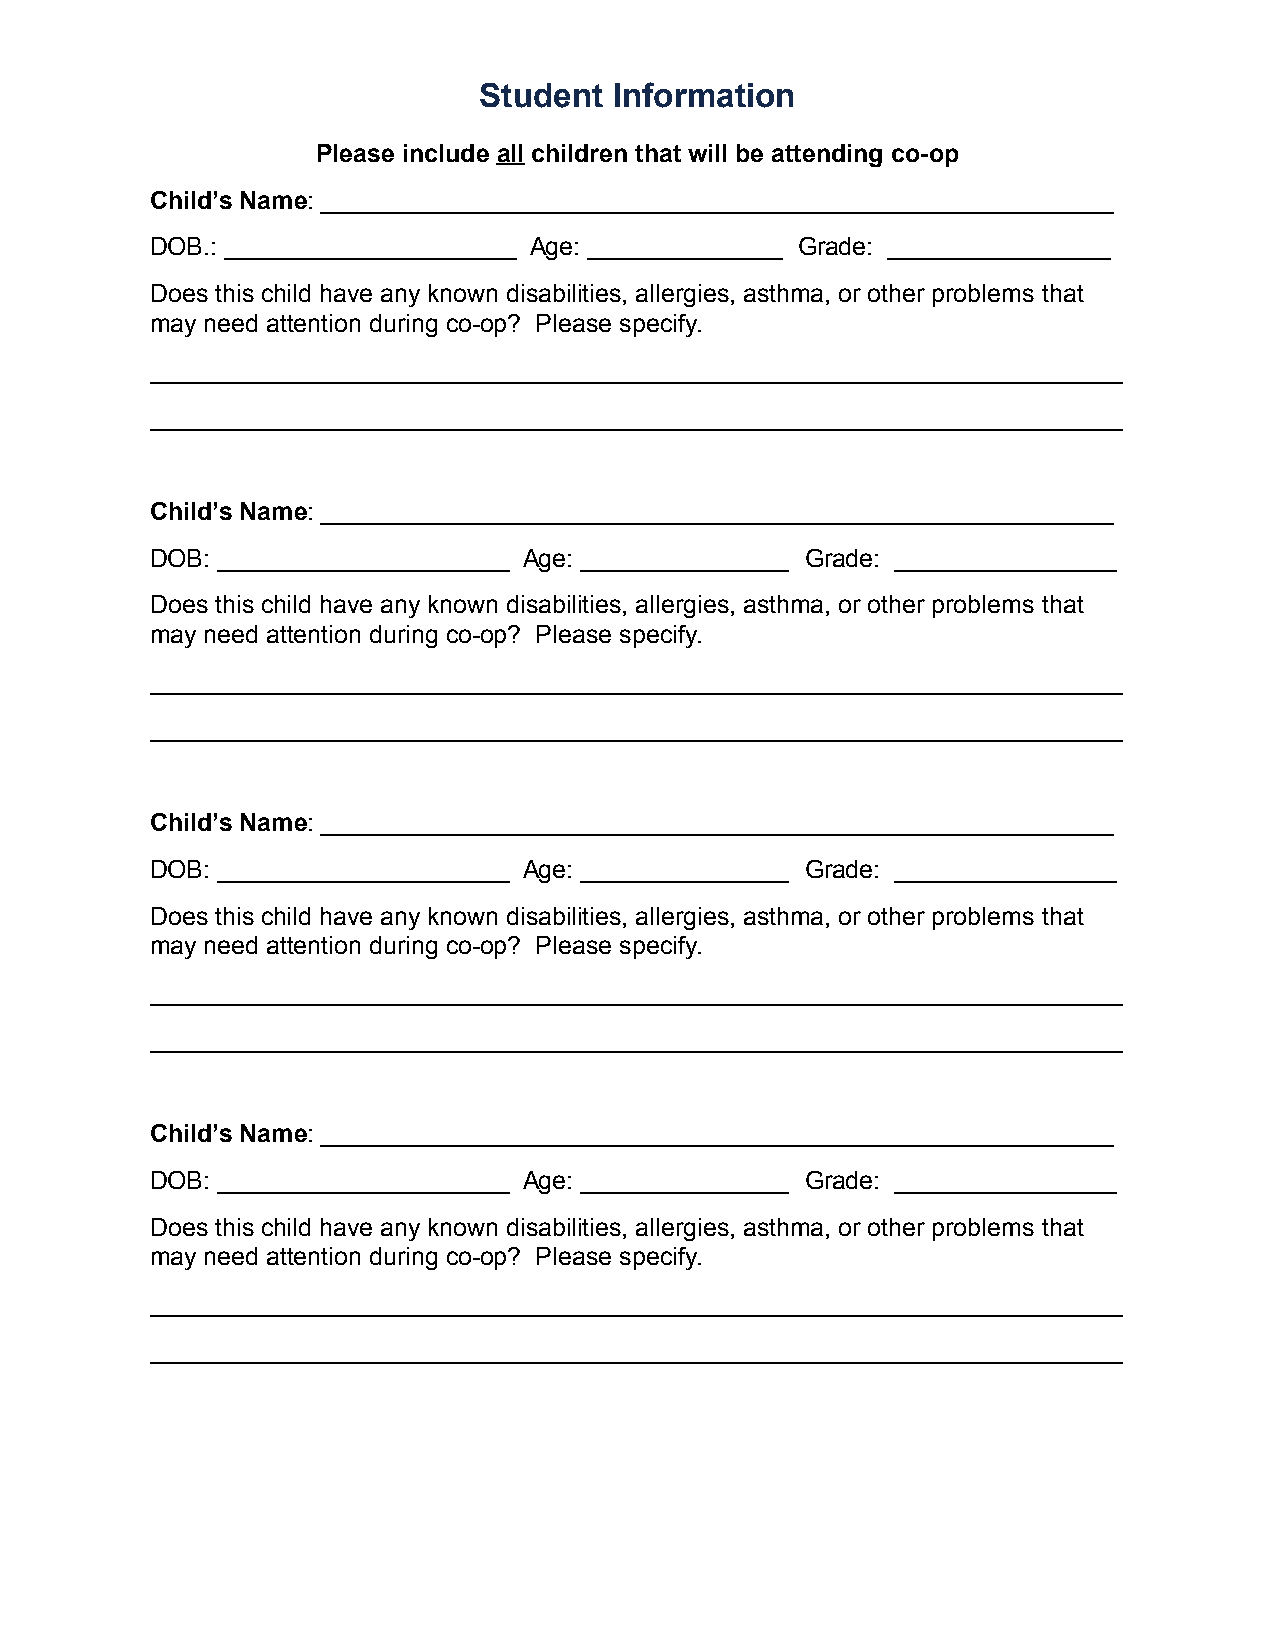
Student  Information
 Please include all children that will be attending co-op
 Child’s Name: _________________________________________________________
 DOB.: _____________________ Age: ______________ Grade: ________________
 Does this child have any known disabilities, allergies, asthma, or other problems that
 may need attention during co-op? Please specify.
 ______________________________________________________________________
 ______________________________________________________________________
 Child’s Name: _________________________________________________________
 DOB: _____________________ Age: _______________ Grade: ________________
 Does this child have any known disabilities, allergies, asthma, or other problems that
 may need attention during co-op? Please specify.
 ______________________________________________________________________
 ______________________________________________________________________
 Child’s Name: _________________________________________________________
 DOB: _____________________ Age: _______________ Grade: ________________
 Does this child have any known disabilities, allergies, asthma, or other problems that
 may need attention during co-op? Please specify.
 ______________________________________________________________________
 ______________________________________________________________________
 Child’s Name: _________________________________________________________
 DOB: _____________________ Age: _______________ Grade: ________________
 Does this child have any known disabilities, allergies, asthma, or other problems that
 may need attention during co-op? Please specify.
 ______________________________________________________________________
 ______________________________________________________________________